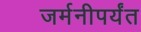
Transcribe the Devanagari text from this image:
जर्मनीपर्यंत